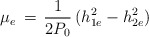
\begin{align*}\mu_e\,=\,{1\over2P_0}\,(h^2_{1e}-h^2_{2e})\,\end{align*}